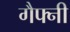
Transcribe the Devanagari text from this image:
गैफ्नी